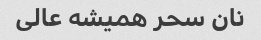
نان سحر همیشه عالی